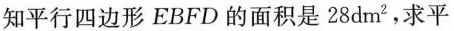
知平行四边形EBFD的面积是28dm^{2}，求平